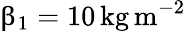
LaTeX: \upbeta_{1}=10\, \mathrm{kg\, m}^{-2}